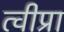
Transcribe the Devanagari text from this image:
त्वीप्रा